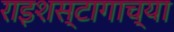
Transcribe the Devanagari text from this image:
राइशस्टागाच्या